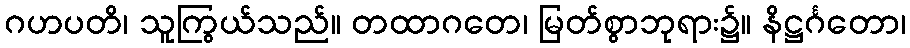
ဂဟပတိ၊ သူကြွယ်သည်။ တထာဂတေ၊ မြတ်စွာဘုရား၌။ နိဋ္ဌင်္ဂတော၊